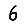
Digit: 6